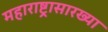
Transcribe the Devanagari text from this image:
महाराष्ट्रासारख्‍या